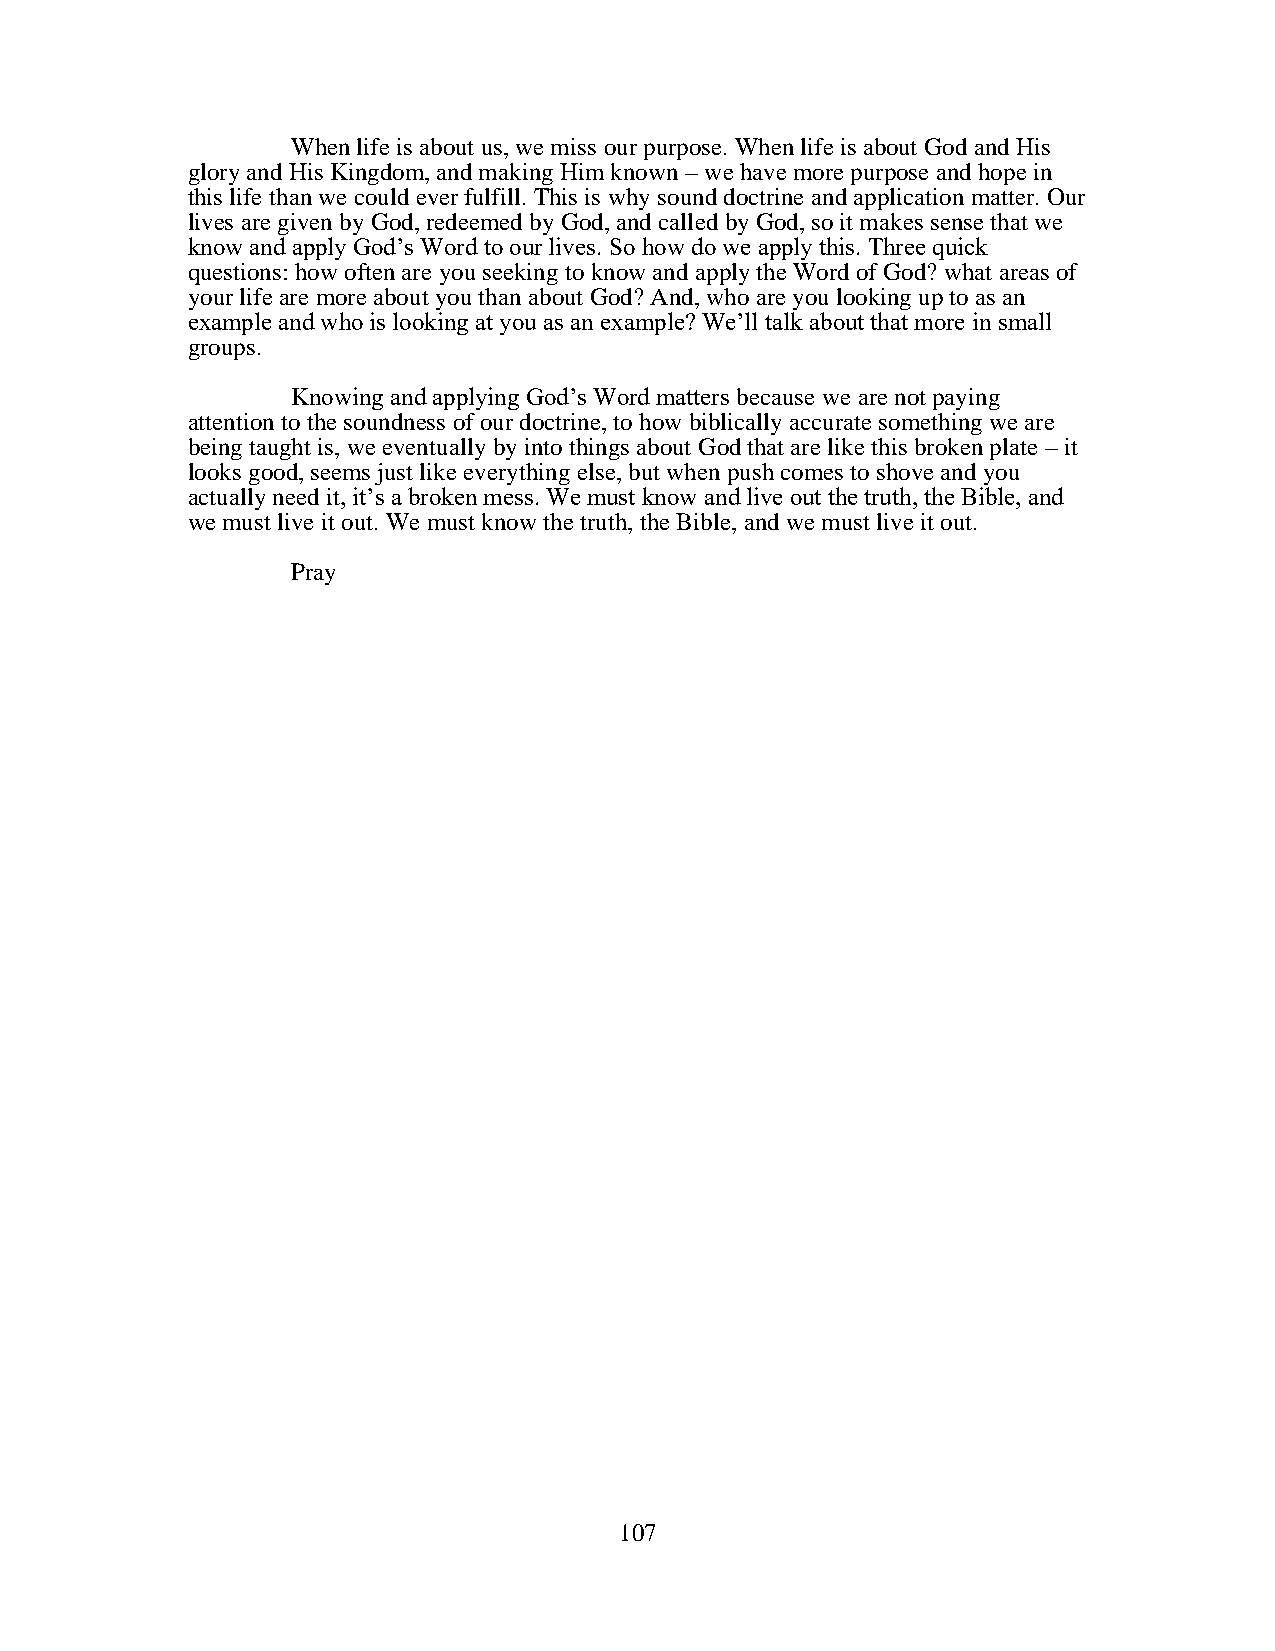
When life is about us, we miss our purpose. When life is about God and His
 glory and His Kingdom, and making Him known – we have more purpose and hope in
 this life than we could ever fulfill. This is why sound doctrine and application matter. Our
 lives are given by God, redeemed by God, and called by God, so it makes sense that we
 know and apply God’s Word to our lives. So how do we apply this. Three quick
 questions: how often are you seeking to know and apply the Word of God? what areas of
 your life are more about you than about God? And, who are you looking up to as an
 example and who is looking at you as an example? We’ll talk about that more in small
 groups.
 Knowing and applying God’s Word matters because we are not paying
 attention to the soundness of our doctrine, to how biblically accurate something we are
 being taught is, we eventually by into things about God that are like this broken plate – it
 looks good, seems just like everything else, but when push comes to shove and you
 actually need it, it’s a broken mess. We must know and live out the truth, the Bible, and
 we must live it out. We must know the truth, the Bible, and we must live it out.
 Pray
 107